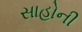
સાહોની